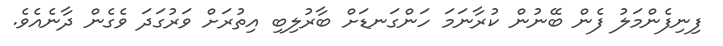
ފިނިފެންމަލު ފެން ބޭނުން ކުރާނަމަ ހަންގަނޑަށް ބާރުލިބި އިތުރަށް ވަރުގަދަ ވެގެން ދާނެއެވެ.